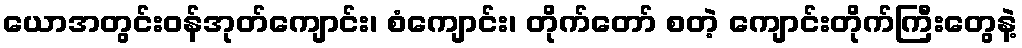
ယောအတွင်းဝန်အုတ်ကျောင်း၊ စံကျောင်း၊ တိုက်တော် စတဲ့ ကျောင်းတိုက်ကြီးတွေနဲ့